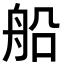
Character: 船